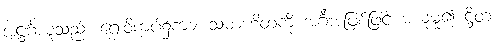
အဋ္ဌင်္ဂယူသည်။ ရှေးဝိကပ်၌ကား သမာဟိတကို အင်္ဂါအဖြစ်ဖြင့် မယူမူ၍ ဋ္ဌိတ